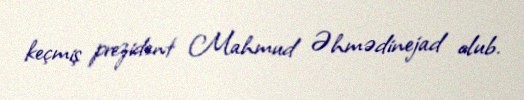
keçmiş prezident Mahmud Əhmədinejad olub.